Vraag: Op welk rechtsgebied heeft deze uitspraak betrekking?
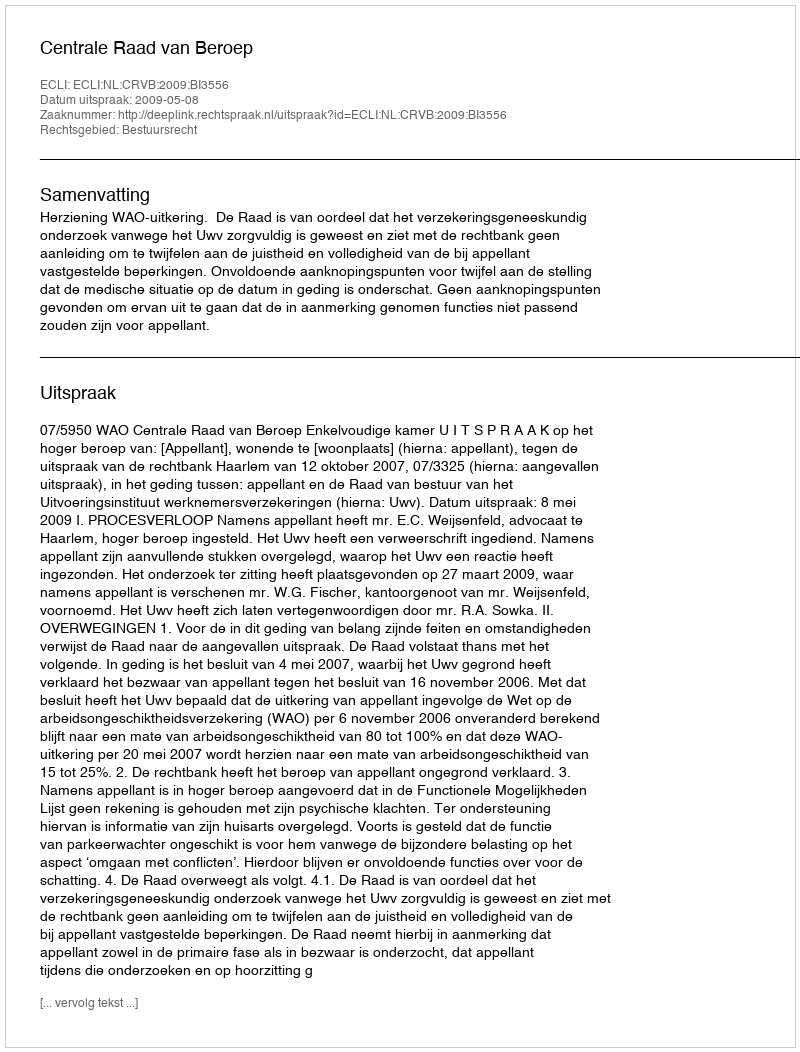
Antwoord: Bestuursrecht